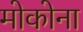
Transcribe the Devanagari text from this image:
मोकोना